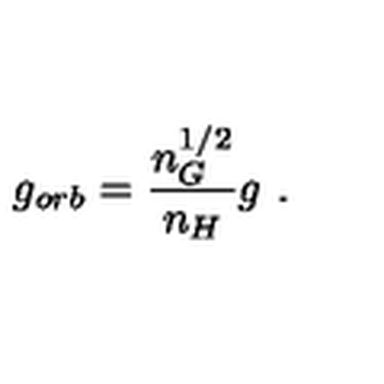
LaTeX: g _ { o r b } = \frac { n _ { G } ^ { 1 / 2 } } { n _ { H } } g \ .